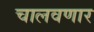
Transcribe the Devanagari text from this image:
चालवणार